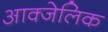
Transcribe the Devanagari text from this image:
आक्जेलिक